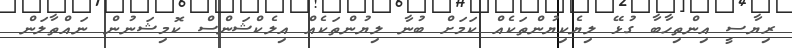
ރިޔާސީ އިންތިހާބާ ގުޅޭ ލިޔެކިޔުންތަކެއް ކަމަށް ބުނާ ލިޔުންތަކެއް އިލެކްޝަންސް ކޮމިޝަނުން ނައްތާލަން